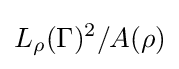
L_{\rho }(\Gamma )^{2}/A(\rho )